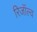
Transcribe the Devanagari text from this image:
रिजॉल्व